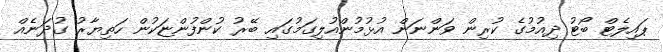
ޕައިލެޓް ބޯޓު ދިއުމުގެ ކުރިން ވަންނަން އުޅުމުންއުލިގަމުގައި ބޭރު ކުންފުންޏަކުން ހަތިޔާރު ގުދަނެއް